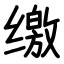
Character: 缴